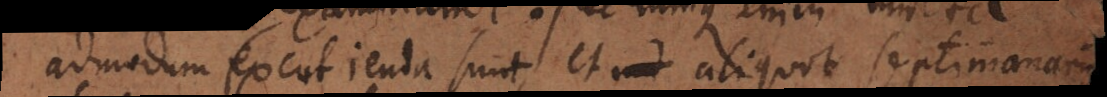
admodum excutienda sunt, et aliquot septimanarum